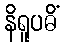
နိရူပဓိံ